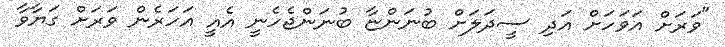
"ވަރަށް އަވަހަށް އަދި ސީދަލަށް ބުނަންޏާ ބުނަންޖެހެނީ އެއީ އަހަރެން ވަރަށް ގަޔާވާ